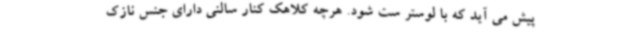
پیش می آید که با لوستر ست شود. هرچه کلاهک کنار سالنی دارای جنس نازک